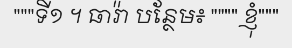
"""ទី១ ។ ធារ៉ា បន្ថែម៖ """" ខ្ញុំ"""